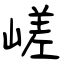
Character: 嵯